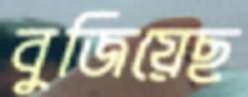
বুজিয়েছ